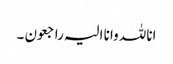
انا للہ وانا الیہ راجعون ۔